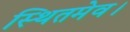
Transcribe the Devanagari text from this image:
स्थितमेव।